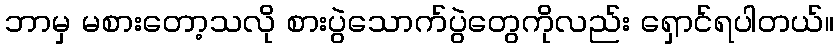
ဘာမှ မစားတော့သလို စားပွဲသောက်ပွဲတွေကိုလည်း ရှောင်ရပါတယ်။